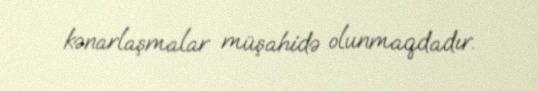
kənarlaşmalar müşahidə olunmaqdadır.